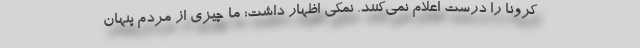
کرونا را درست اعلام نمی‌کنند. نمکی اظهار داشت: ما چیزی از مردم پنهان